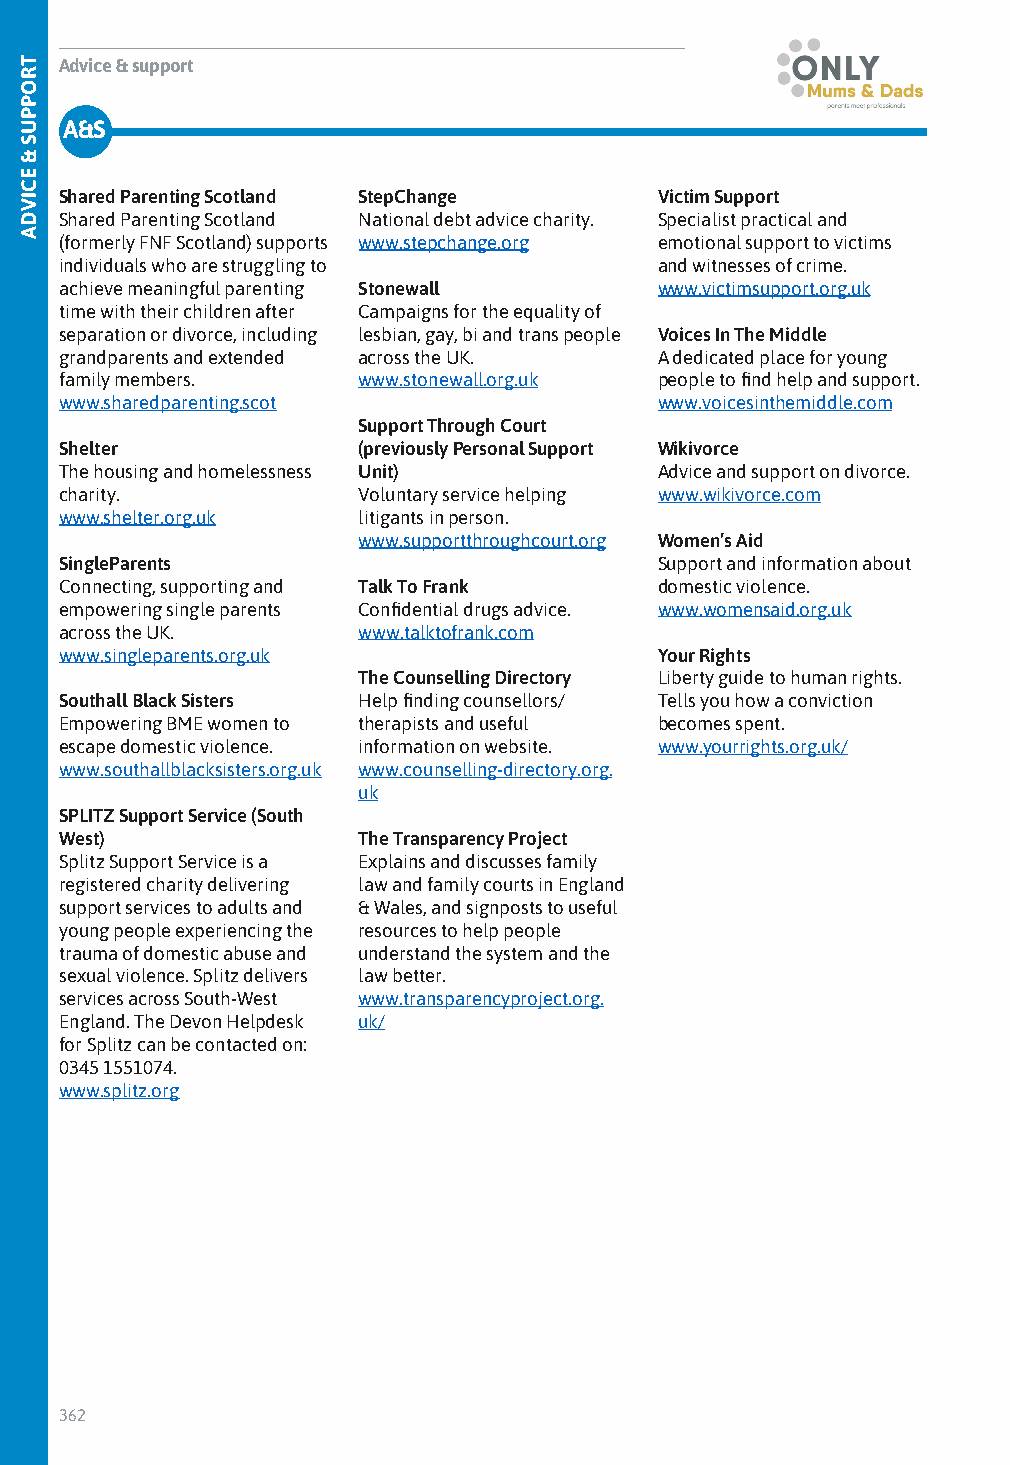
Advice & support
 A&S
 Shared Parenting Scotland StepChange    Victim Support
 Shared Parenting Scotland National debt advice charity. Specialist practical and
 (formerly FNF Scotland) supports www.stepchange.org emotional support to victims
 individuals who are struggling to       and witnesses of crime.
 achieve meaningful parenting Stonewall  www.victimsupport.org.uk
 time with their children after Campaigns for the equality of
 separation or divorce, including lesbian, gay, bi and trans people Voices In The Middle
 grandparents and extended across the UK. A dedicated place for young
 family members.     www.stonewall.org.uk people to find help and support.
 www.sharedparenting.scot                www.voicesinthemiddle.com
 Support Through Court
 Shelter             (previously Personal Support Wikivorce
 The housing and homelessness Unit)      Advice and support on divorce.
 charity.            Voluntary service helping www.wikivorce.com
 www.shelter.org.uk  litigants in person.
 www.supportthroughcourt.org Women’s Aid
 SingleParents                           Support and information about
 Connecting, supporting and Talk To Frank domestic violence.
 empowering single parents Confidential drugs advice. www.womensaid.org.uk
 across the UK.      www.talktofrank.com
 www.singleparents.org.uk                Your Rights
 The Counselling Directory Liberty guide to human rights.
 Southall Black Sisters Help finding counsellors/ Tells you how a conviction
 Empowering BME women to therapists and useful becomes spent.
 escape domestic violence. information on website. www.yourrights.org.uk/
 www.southallblacksisters.org.uk www.counselling-directory.org.
 uk
 SPLITZ Support Service (South
 West)               The Transparency Project
 Splitz Support Service is a Explains and discusses family
 registered charity delivering law and family courts in England
 support services to adults and & Wales, and signposts to useful
 young people experiencing the resources to help people
 trauma of domestic abuse and understand the system and the
 sexual violence. Splitz delivers law better.
 services across South-West www.transparencyproject.org.
 England. The Devon Helpdesk uk/
 for Splitz can be contacted on:
 0345 1551074.
 www.splitz.org
 362
 STYRAODP
 PTUSRS
 I&F
 EEHCITVDA